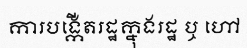
ការបង្កើតរដ្ឋក្នុងរដ្ឋ ឬ ហៅ